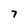
Character: 7